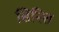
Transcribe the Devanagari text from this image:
सिनित